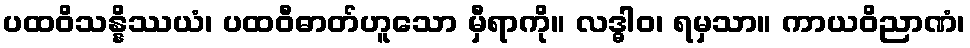
ပထဝိသန္နိဿယံ၊ ပထဝီဓာတ်ဟူသော မှီရာကို။ လဒ္ဓါဝ၊ ရမှသာ။ ကာယဝိညာဏံ၊